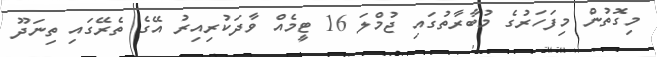
މިގޮތުން މިފަހަރުގެ މުބާރާތުގައި ޖުމްލަ 16 ޓީމެއް ވާދަކުރިއިރު އޭގެ ތެރޭގައި ތިނަދޫ